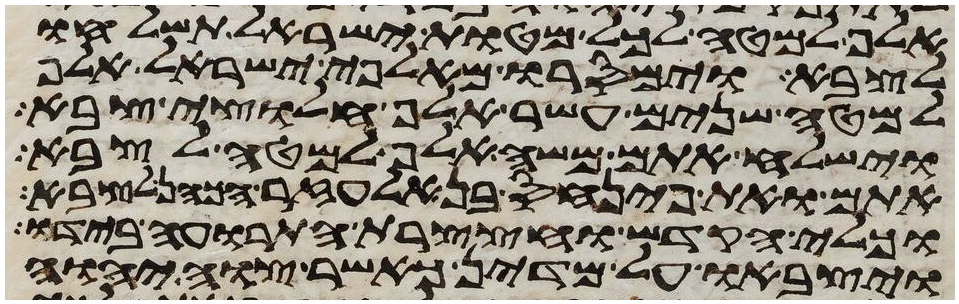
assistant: אלף למטה לכל מטות ישראל תשלחו
לצבא וימסרו מאלפי ישראל אלף
למטה שנים עשר אלף חלוצי צבא
וישלח אתם משה אלף למטה לצבא
אתם ואת פינחס בן אלעזר הכהן לצבא
וכלי הקדש וחצצרות התרועה בידו
ויצבאו על מדין כאשר צוה יהוה